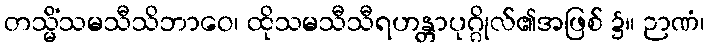
တသ္မိံသမသီသိဘာဝေ၊ ထိုသမသီသီရဟန္တာပုဂ္ဂိုလ်၏အဖြစ် ၌။ ဉာဏံ၊